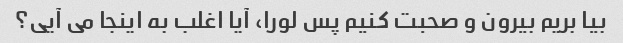
بیا بریم بیرون و صحبت کنیم پس لورا، آیا اغلب به اینجا می آیی؟